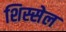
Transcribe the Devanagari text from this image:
शिस्सेल